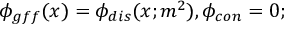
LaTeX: \phi _ { g f f } ( x ) = \phi _ { d i s } ( x ; m ^ { 2 } ) , \phi _ { c o n } = 0 ;